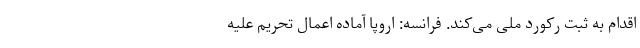
اقدام به ثبت رکورد ملی می‌کند. فرانسه: اروپا آماده اعمال تحریم علیه